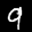
Label: 9